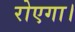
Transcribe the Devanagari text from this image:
रोएगा।